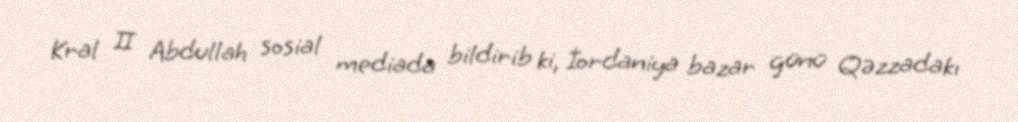
Kral II Abdullah sosial mediada bildirib ki, İordaniya bazar günü Qəzzadakı